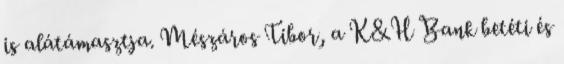
is alátámasztja. Mészáros Tibor, a K&H Bank betéti és